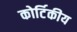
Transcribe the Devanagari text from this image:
कोर्टिकीय